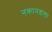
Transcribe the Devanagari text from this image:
नकानडला